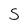
Character: S